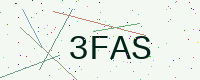
Text: 3FAS